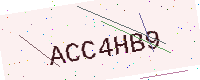
Text: ACC4HB9